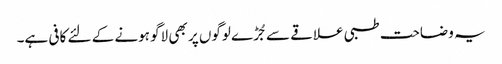
یہ وضاحت طبی علاقے سے جُڑے لوگوں پر بھی لاگو ہونے کے لئے کافی ہے۔